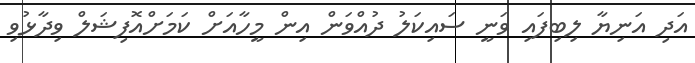
އަދި އަނިޔާ ލިބިފައި ވަނީ ސައިކަލު ދުއްވަން އިން މީހާއަށް ކަމަށްއޮފިޝަލް ވިދާޅުވި